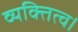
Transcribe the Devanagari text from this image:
व्यक्तित्व।